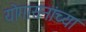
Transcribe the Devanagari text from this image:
योगासनांच्या